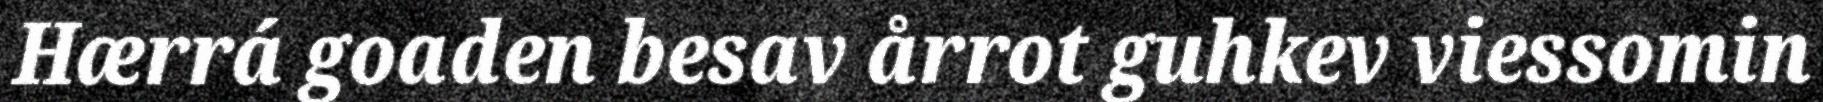
Hærrá goaden besav årrot guhkev viessomin